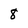
Character: 8